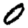
Digit: 0